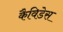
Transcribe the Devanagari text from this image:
कैविडेस